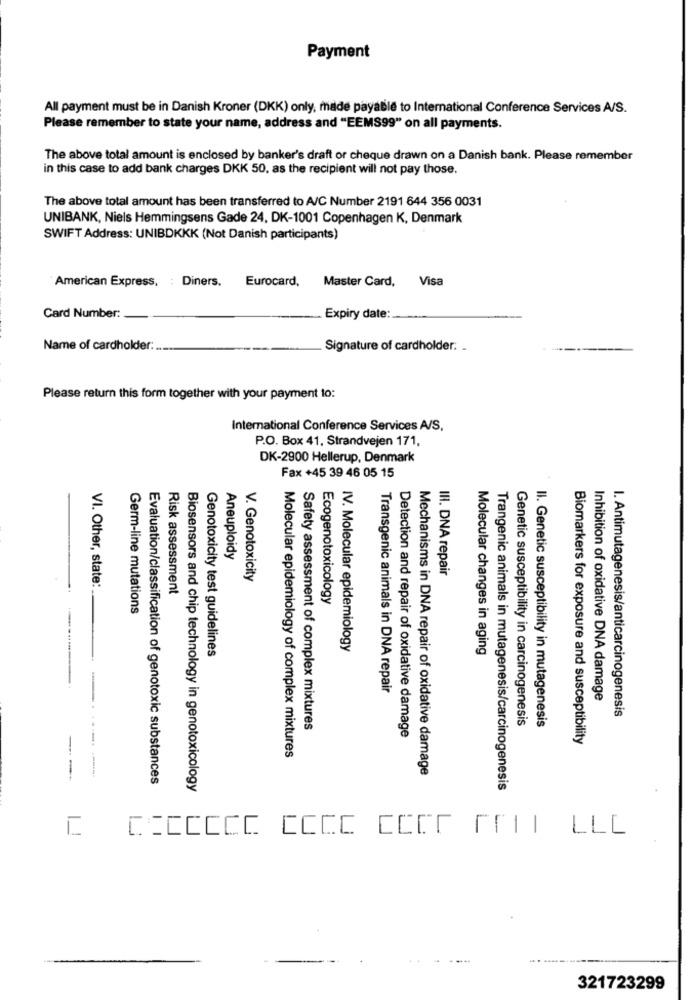
Payment
All payment must be in Danish Kroner (DKK) only, made payable to International Conference Services A/S.
Please remember to state your name, address and "EEMS99" on all payments.
The above total amount is enclosed by banker's draft or cheque drawn on a Danish bank. Please remember
in this case to add bank charges DKK 50, as the recipient will not pay those.
The above total amount has been transferred to A/C Number 2191 644 356 0031
UNIBANK, Niels Hemmingsens Gade 24, DK-1001 Copenhagen K, Denmark
SWIFT Address: UNIBDKKK (Not Danish participants)
American Express, : Diners.
Master Card, Visa
Eurocard,
Card Number:
Expiry date:
Name of cardholder:
Signature of cardholder: _
Please return this form together with your payment to:
International Conference Services A/S,
P.O. Box 41, Strandvejen 171,
DK-2900 Hellerup, Denmark
Fax +45 39 46 05 15
Aneuploidy
III. DNA repair
VI. Other, state:
V. Genotoxicity
Risk assessment
Ecogenotoxicology
Germ-line mutations
Genotoxicity test guidelines
IV. Molecular epidemiology
Molecular changes in aging
Transgenic animals in DNA repair
Inhibition of oxidative DNA damage
I. Antimutagenesis/anticarcinogenesis
Genetic susceptibility in carcinogenesis
II. Genetic susceptibility in mutagenesis
Safety assessment of complex mixtures
Detection and repair of oxidative damage
Biomarkers for exposure and susceptibility
Molecular epidemiology of complex mixtures
Mechanisms in DNA repair of oxidative damage
-
-- -
Evaluation/classification of genotoxic substances
Biosensors and chip technology in genotoxicology
Trangenic animals in mutagenesis/carcinogenesis
C CICCCCC CCCC CCCE FAIT LLL
..
321723299